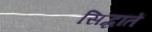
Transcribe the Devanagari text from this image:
सिद्धांतें